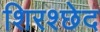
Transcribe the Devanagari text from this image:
शिरश्छेद